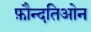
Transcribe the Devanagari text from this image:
फ़ौन्दतिओन